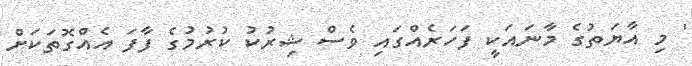
' މި އާޔަތުގެ މާނައަކީ ފަހަރެއްގައި ވެސް ޝިރުކު ކުރުމުގެ ފާފަ އެއްގޮތަކަށް